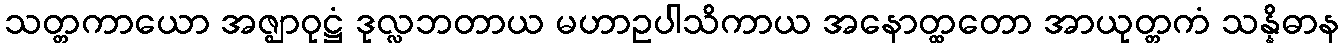
သတ္တကာယော အဇ္ဈာဝုဋ္ဌံ ဒုလ္လဘတာယ မဟာဥပါသိကာယ အနောတ္ထတော အာယုတ္တကံ သန္နိဓာန